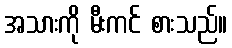
အသားကို မီးကင် စားသည်။